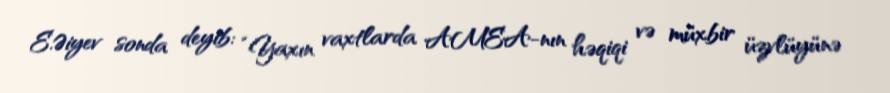
E.Əiyev sonda deyib: “Yaxın vaxtlarda AMEA-nın həqiqi və müxbir üzvlüyünə